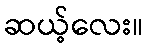
ဆယ့်လေး။